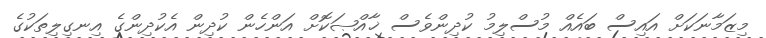
މިޒަމާނަކަށް އައިސް ބައެއް މުސްލިމު ކުދިންވެސް ޚާއްޞަކޮށް އަންހެން ކުދިން އެކުދިންގެ އިނގިލިތަކުގެ